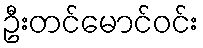
ဦးတင်မောင်ဝင်း